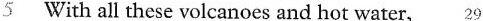
5 With all these volcanoes and hot water, 29